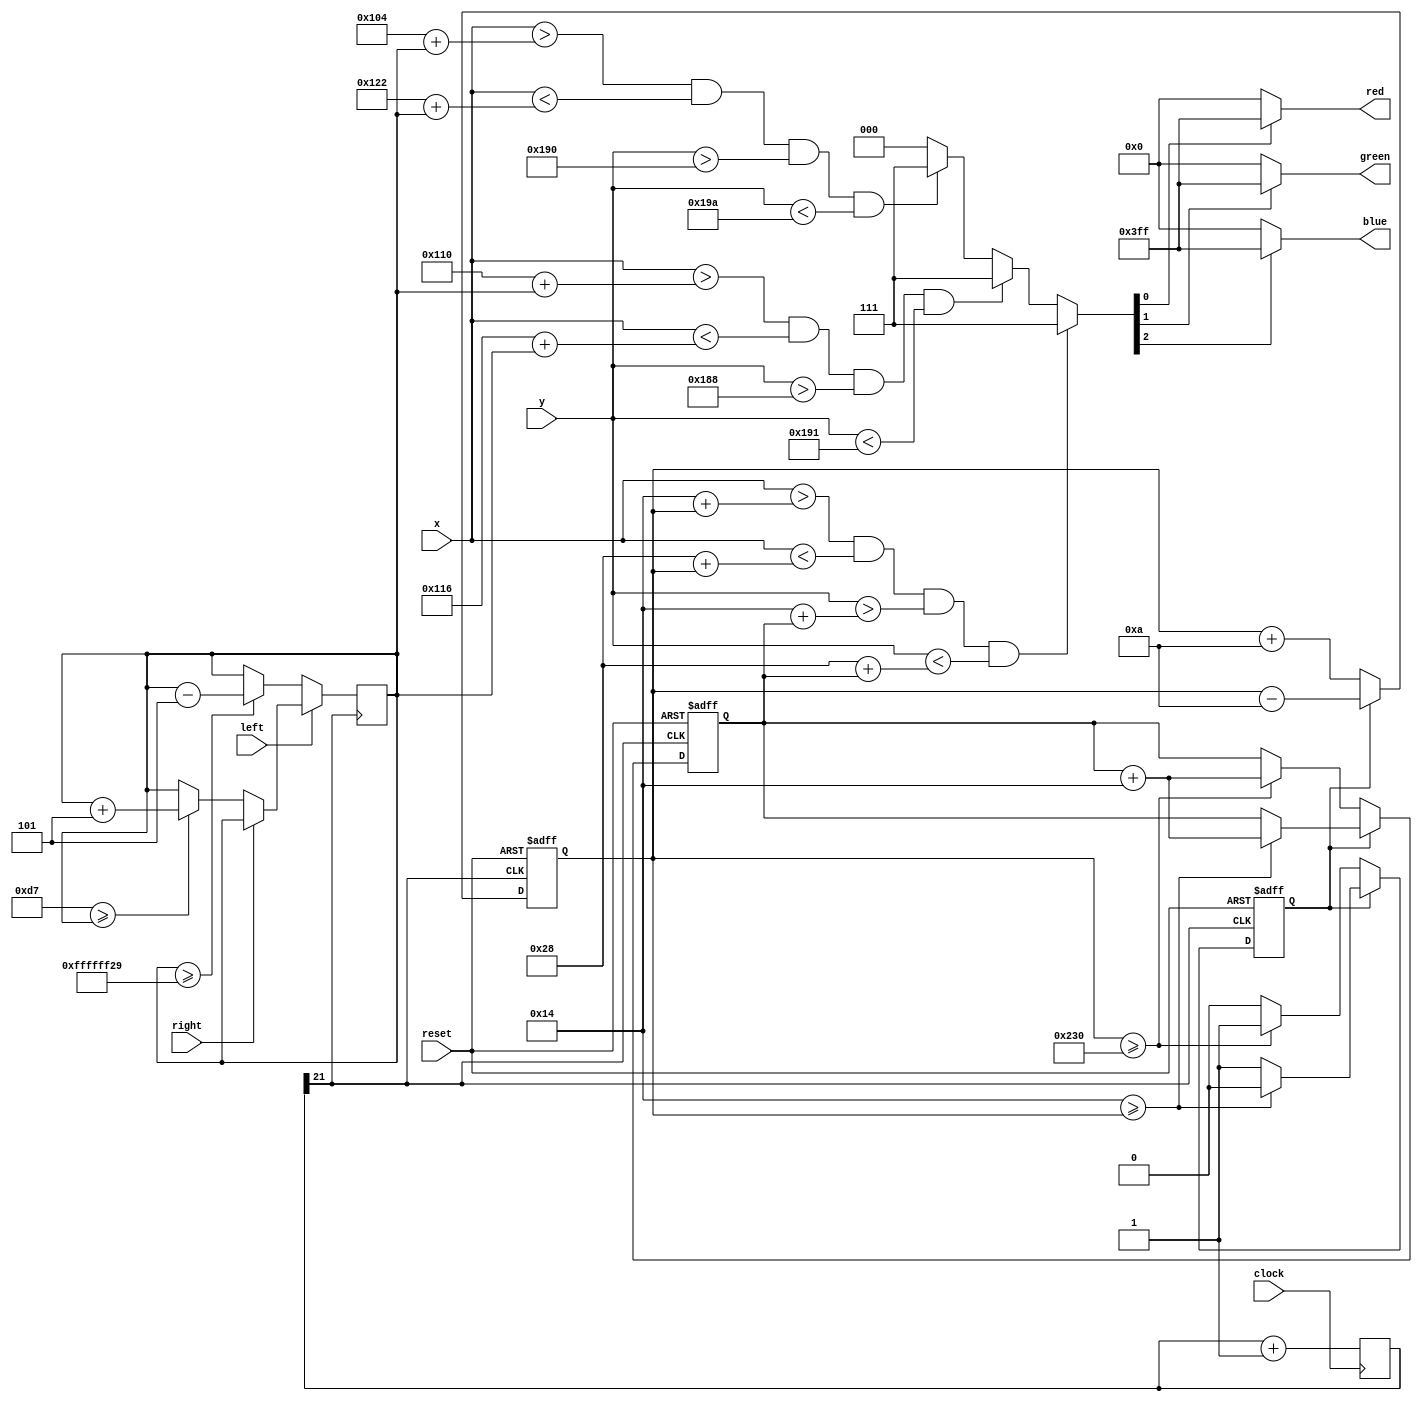
module aliens(input clock, input reset, input right, input left, input [9:0] x, input [9:0] y,
	output [9:0] red, output [9:0] green, output [9:0] blue);
	reg [2:0] idx;
	reg [7:0] x_incre = 0;
	reg [7:0] y_incre = 0;
	reg direction = 0;
		
	reg [9:0] x_pos = 0;
	reg [9:0] y_pos = 0;
	reg [9:0] x_posP = 0;

	reg [22:0] c_clock;
	
	// CLOCK DELAY (DON'T TOUCH)
	always @(negedge clock) 
		begin
			c_clock = c_clock + 1;
		end
// ---------------------------------------------
// ENEMY SECTION		
	// Direction loop
	always @(negedge c_clock[21] or negedge reset)
		begin
		if(~reset)
			begin
				x_pos <= 0;
				y_pos <= 0;
				direction <= 0;
			end
		else if(direction == 0)
			begin
				x_pos <= x_pos + 10;
				if(x_pos >= 560)
					begin
						direction <= 1;
						y_pos <= y_pos + 20;
					end
			end
		else
			begin
				x_pos <= x_pos - 10;
				if(20 >= x_pos) 
					begin
						direction <= 0;
						y_pos <= y_pos + 20;
					end
			end
		end
/*
		// Enemy ships
	always @ (x, y)
		begin
			if((x > 20 + x_pos) && (x < 40 + x_pos) && (y > 20 + y_pos) && (y < 40 + y_pos)) idx <= 3'd7;
			else idx <= 3'd0;
		end
*/
// END ENEMY SECTION
// ---------------------------------------------
		
// ---------------------------------------------
// PLAYER SECTION	
		// Movement
	always @ (negedge c_clock[21])
	begin
		if(~left)
			begin
				if(x_posP >= -215)
					x_posP <= x_posP - 5;
			end
		else if(~right)
			begin
				if(215 >= x_posP)
					x_posP <= x_posP + 5;
			end
	end
	
	// Drawing loop
	always @ (x, y)
		begin
			if((x > 20 + x_pos) && (x < 40 + x_pos) && (y > 20 + y_pos) && (y < 40 + y_pos)) idx <= 3'd7;
			else if((x > 272 + x_posP) && (x < 278 + x_posP) && (y > 392) && (y < 401)) idx <= 3'd7;
			else if((x > 260 + x_posP) && (x < 290 + x_posP) && (y > 400) && (y < 410)) idx <= 3'd7;
			else idx <= 3'd0;
		end
// END PLAYER SECTION
// ---------------------------------------------
	assign red = (idx[0]? 10'h3ff: 10'h000);
	assign green = (idx[1]? 10'h3ff: 10'h000);
	assign blue = (idx[2]? 10'h3ff: 10'h000);
endmodule